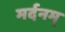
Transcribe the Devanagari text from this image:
मर्दनम्